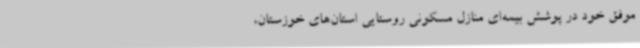
موفق خود در پوشش بیمه‌ای منازل مسکونی روستایی استان‌های خوزستان،